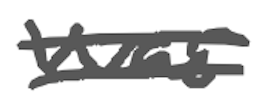
Text: was
Cross-out: double-line
Writing tool: digital_gray